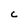
Character: c